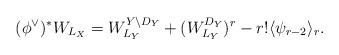
LaTeX: \begin{align*} (\phi^{\vee})^*W_{L_X} = W^{Y\backslash D_Y}_{L_Y} + (W_{L_Y}^{D_Y})^r - r!\langle\psi_{r-2}\emph{} \rangle_r.\end{align*}